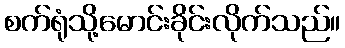
စက်ရုံသို့မောင်းခိုင်းလိုက်သည်။